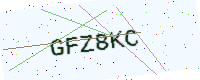
Text: GFZ8KC